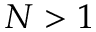
{ N > 1 }